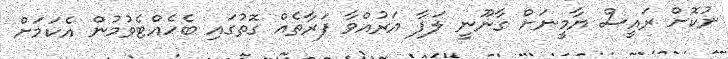
ނުކޮށް ރައީސް ޔާމީނަށް ގާނޫނީ ލަފާ އަރުއްވާ ފަރާތެއް ގޮތުގައި ބެހެއްޓެވުމުން އެކަމަށް